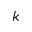
k